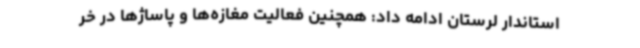
استاندار لرستان ادامه داد: همچنین فعالیت مغازه‌ها و پاساژها در خر